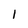
Character: 1